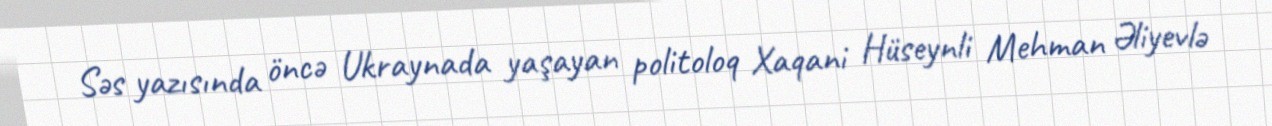
Səs yazısında öncə Ukraynada yaşayan politoloq Xaqani Hüseynli Mehman Əliyevlə